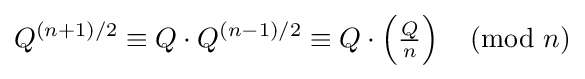
Q^{(n+1)/2}\equiv Q\cdot Q^{(n-1)/2}\equiv Q\cdot \left({\tfrac {Q}{n}}\right){\pmod {n}}